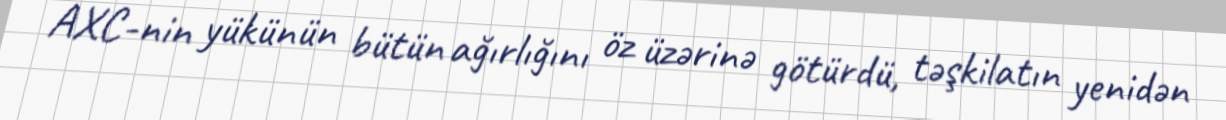
AXC-nin yükünün bütün ağırlığını öz üzərinə götürdü, təşkilatın yenidən